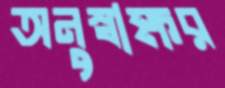
অনুস্বাক্ষর